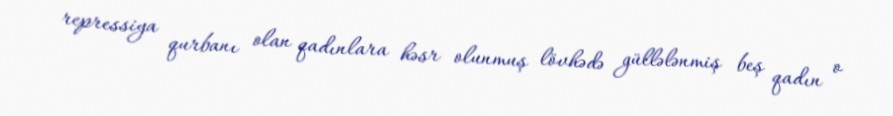
repressiya qurbanı olan qadınlara həsr olunmuş lövhədə güllələnmiş beş qadın o